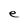
Character: e